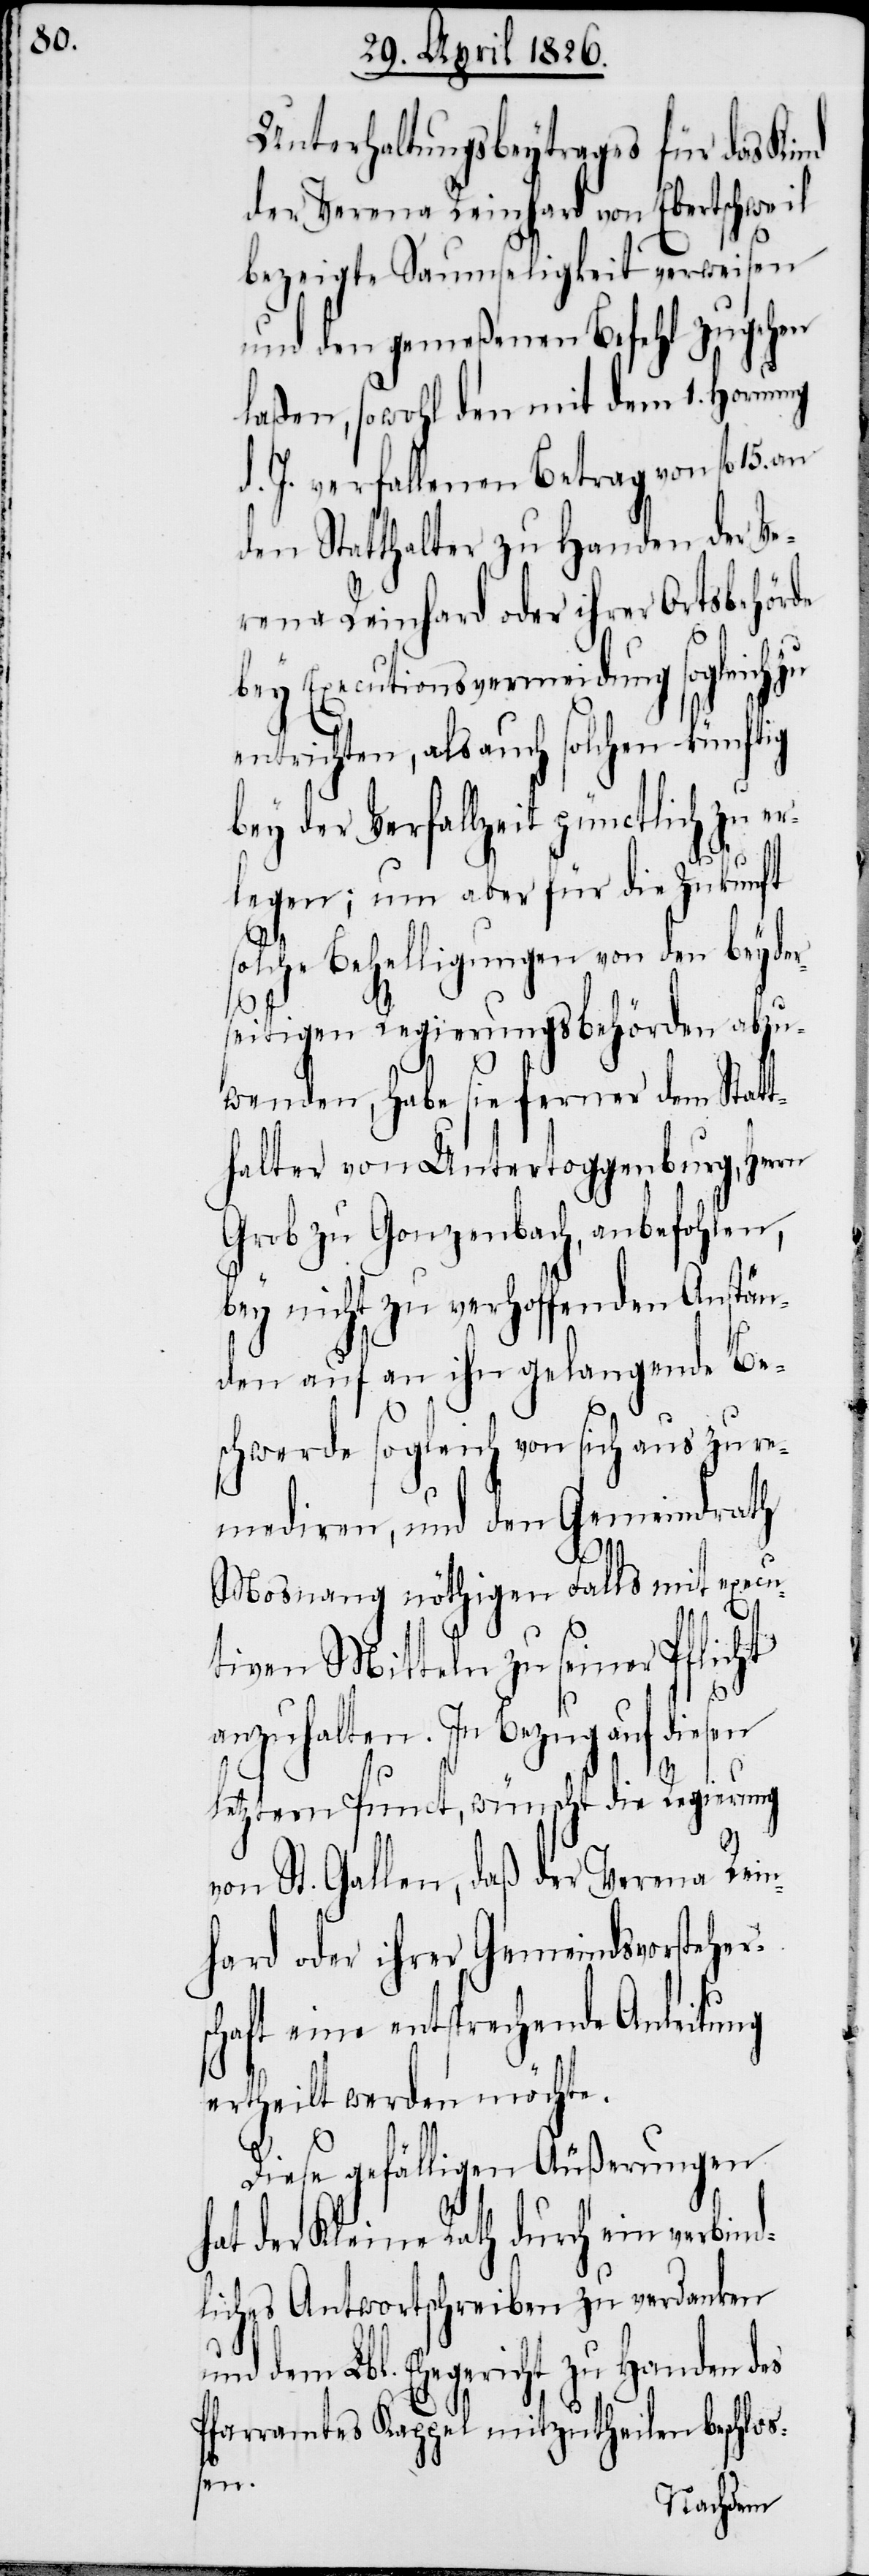
Unterhaltungsbeytrages für das Kind
der Verena Reinhard von Ebertschweil
bezeigte Saumseligkeit verweisen
und den gemeßenen Befehl zugehen
laßen, sowohl den mit dem 1. Hornung
d. J. verfallenen Betrag von fl. 15.
den Statthalter zu Handen der Ve¬
rena Reinhard oder ihrer Ortsbehörde
bey Executionsvermeidung sogleich
entrichten, als auch solchen künftig
bey der Verfallzeit pünctlich zu er¬
legen; um aber für die Zukunft
solche Behelligungen von den beyder¬
seitigen Regierungsbehörden abzu¬
wenden, habe sie ferner dem Statt¬
halter von Untertoggenburg, Herrn
Grob zu Gonzenbach, anbefohlen,
bey nicht zu verhoffenden Anstän¬
den auf an ihn gelangende Be¬
schwerde sogleich von sich aus zu re¬
mediren, und den Gemeindrath
Mosnang nöthigen Falls mit execu¬
tiven Mitteln zu seiner Pflicht
anzuhalten. In Bezug auf diesen
letztern Punct, wünscht die Regierung
von St. Gallen, daß der Verena Rein¬
hard oder ihrer Gemeindsvorsteher¬
schaft eine entsprechende Anleitung
ertheilt werden möchte.
Diese gefälligen Äußerungen
hat der Kleine Rath durch ein verbind¬
liches Antwortschreiben zu verdanken
und dem Lbl. Ehegericht zu Handen des
Pfarramtes Kappel mitzutheilen beschloß¬
en.